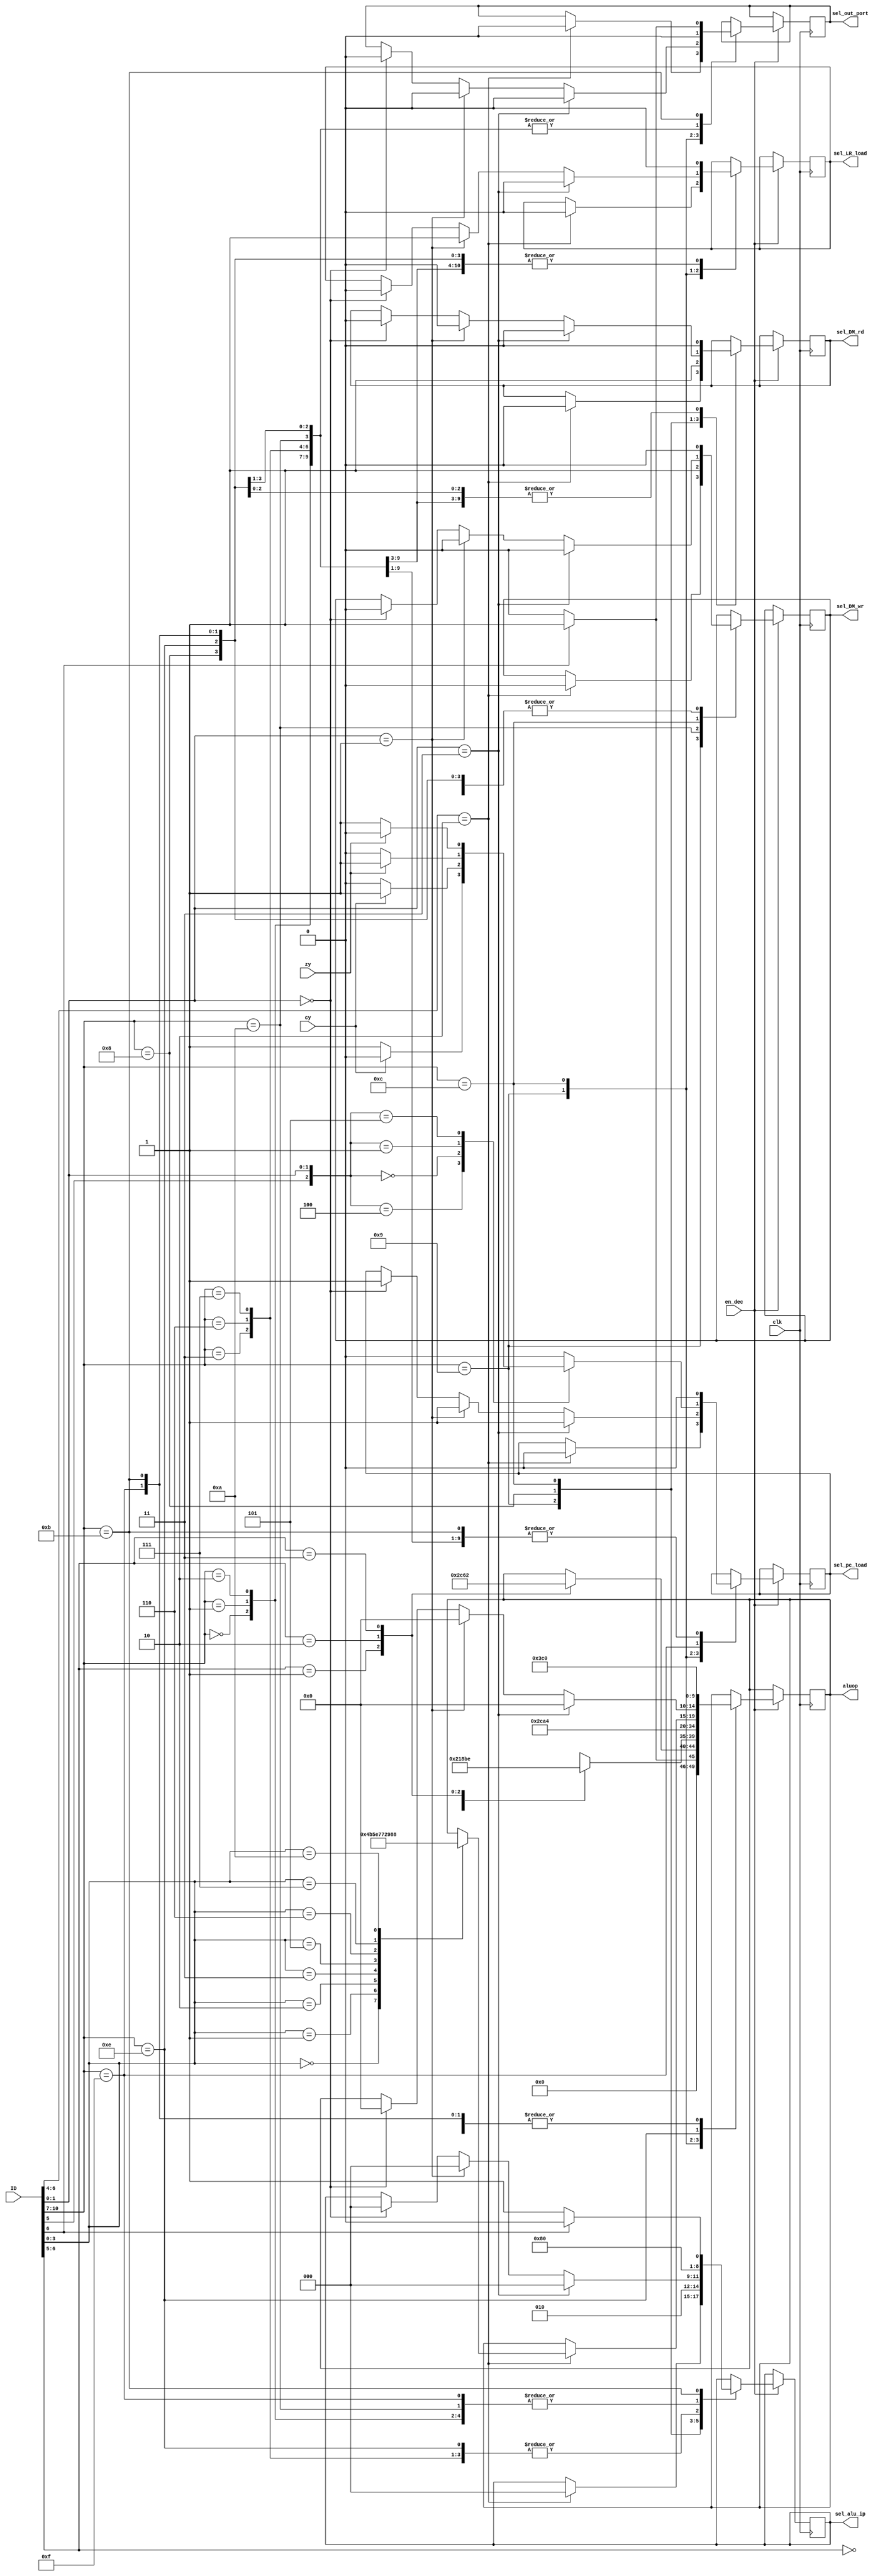
`timescale 1ns / 1ps
/*
Instruction_Decoder decodes the instruction REG and gives respective outputs according to instruction REG.
It makes path for the current instruction REG.
*/
module Instruction_Decoder(clk, ID, en_dec, aluop, sel_alu_ip, sel_DM_rd, sel_DM_wr, sel_pc_load, cy, zy, sel_LR_load, sel_out_port);
	
  input             clk;                //clock
  input      [10:0] ID;	                //16-bit Instruction REG
  input             en_dec;             //decoder enable
  input             cy;	                //carry flag
  input             zy;                 //zero flag
  output reg [4:0]  aluop;              //ALU function         
  output reg        sel_DM_rd;          //MUX select for Data_Memory read enable	
  output reg        sel_DM_wr;          //MUX select for Data_Memory write enable
  output reg        sel_pc_load;        //MUX select for PC_load enable
  output reg        sel_LR_load;        //MUX select for LR_load_en
  output reg        sel_out_port;       //MUX select for Output port enable
  output reg [2:0]  sel_alu_ip;         //MUX select for ALU inputs

/*
  initial 
  begin
   sel_alu_ip   = 3'b000;
   sel_DM_rd    = 1'b0;
   sel_DM_wr    = 1'b0;
   sel_pc_load  = 1'b0;
   sel_out_port  = 0;
  end
*/
	
  always@(posedge clk)
  begin
  
    if(en_dec)
    begin
	
      case(ID[10:7])	
	  
        //---------------------------ADD, LSL, NOP----------------------------------
        4'b0000:begin
                  if(ID[6]==1)	
                    aluop          <=  5'b00001;             //ADD, LSL
                  else
                    aluop          <=  5'b00000;             //NOP
						
                  sel_alu_ip       <=  3'b000;
                  sel_DM_wr        <=  1'b0;
                  sel_DM_rd        <=  1'b0;
                  sel_pc_load      <=  1'b0;
                  sel_LR_load      <=  1'b0;
                  sel_out_port     <=  1'b0;
                end
					
        //-------------------------ADC, SUB, CP, ROL--------------------------------
        4'b0001:begin
                  case(ID[6:5])
                    2'b01: aluop   <=  5'b01011;             //CP
                    2'b10: aluop   <=  5'b00011;             //SUB
                    2'b11: aluop   <=  5'b00010;             //ADC,ROL
                  endcase
				
                  sel_alu_ip       <=   3'b000;
                  sel_DM_wr        <=   1'b0;
                  sel_DM_rd        <=   1'b0;
                  sel_pc_load      <=   1'b0;
                  sel_LR_load      <=   1'b0;
                  sel_out_port     <=   1'b0;
                end
			
        //-------------------------AND, OR, EOR, MOV--------------------------------
        4'b0010:begin
                  case(ID[6:5])	
                    2'b00:aluop    <=  5'b00100;             //AND
                    2'b01:aluop    <=  5'b00110;             //EOR
                    2'b10:aluop    <=  5'b00101;             //OR
                    2'b11:aluop    <=  5'b11110;             //MOV						
                  endcase 
					 
                  sel_alu_ip       <=    3'b000;
                  sel_DM_wr        <=    1'b0;
                  sel_DM_rd        <=    1'b0;
                  sel_pc_load      <=    1'b0;
                  sel_LR_load      <=    1'b0;
                  sel_out_port     <=    1'b0;
                end
			
        //-------------------------------CPI----------------------------------------	
        4'b0011:begin
                  aluop            <=   5'b01011;            //CPI
                  sel_alu_ip       <=   3'b100;
                  sel_DM_wr        <=   1'b0;
                  sel_DM_rd        <=   1'b0;
                  sel_pc_load      <=   1'b0;                       
                  sel_LR_load      <=   1'b0;
                  sel_out_port     <=   1'b0;
                end
				   
        //-------------------------------OPI----------------------------------------	
        4'b0110:begin
                  aluop            <=   5'b00101;            //OPI
                  sel_alu_ip       <=   3'b100;
                  sel_DM_wr        <=   1'b0;
                  sel_DM_rd        <=   1'b0;
                  sel_pc_load      <=   1'b0;
                  sel_LR_load      <=   1'b0;
                  sel_out_port     <=   1'b0;
                end
                   
        //------------------------------ANDI----------------------------------------	
        4'b0111:begin
                  aluop            <=   5'b00100;            //ANDI
                  sel_alu_ip       <=   3'b100;
                  sel_DM_wr        <=   1'b0;
                  sel_DM_rd        <=   1'b0;                       
                  sel_LR_load      <=   1'b0;
                  sel_pc_load      <=   1'b0;
                  sel_out_port     <=   1'b0;
                end
             
        //------------------COM, NEG, SWAP, INC, ASR, LSR, ROR, DEC-----------------
        4'b1001:begin
                  if(ID[6:4]==3'b010)
                  begin
                    case(ID[3:0])
					
                     4'b0000:aluop <= 5'b01001;              //COM
                     4'b0001:aluop <= 5'b01101;              //NEG
                     4'b0010:aluop <= 5'b01111;              //SWAP
                     4'b0011:aluop <= 5'b00111;              //INC
                     4'b0101:aluop <= 5'b01110;              //ASR
                     4'b0110:aluop <= 5'b01010;              //LSR
                     4'b0111:aluop <= 5'b01100;              //ROR
                     4'b1010:aluop <= 5'b01000;              //DEC
					  
                    endcase
					   
                    sel_alu_ip     <=   3'b000;
                    sel_DM_wr      <=   1'b0;
                    sel_DM_rd      <=   1'b0; 
                    sel_pc_load    <=   1'b0;                       
                    sel_LR_load    <=   1'b0;
                    sel_out_port   <=   1'b0;			  
                  end
                end
             
        //-------------------------------STS----------------------------------------
        4'b1010:begin
                  aluop            <=   5'b00000;             //NOP
                  sel_alu_ip       <=   3'b000;
                  sel_DM_wr        <=   1'b1;
                  sel_DM_rd        <=   1'b0;
                  sel_pc_load      <=   1'b0;
                  sel_LR_load      <=   1'b0;
                  sel_out_port     <=   1'b0;                          
                end
            
        //-------------------------------LD-----------------------------------------
        4'b1000:begin
                  aluop            <=   5'b00000;            //NOP
                  sel_alu_ip       <=   3'b010;
                  sel_DM_rd        <=   1'b1;
                  sel_DM_wr        <=   1'b0;
                  sel_pc_load      <=   1'b0;
                  sel_LR_load      <=   1'b0;
                  sel_out_port     <=   1'b0;
                end
                        
        //----------------------------JMP, CALL, RET--------------------------------
        4'b1100:begin
                  if(ID[1:0]==2'b11)                         //JMP
                  begin
                    aluop          <=   5'b00000;            //NOP       
                    sel_alu_ip     <=   3'b000;
                    sel_DM_rd      <=   1'b0;
                    sel_DM_wr      <=   1'b0;
                    sel_pc_load    <=   1'b1;
					sel_LR_load    <=   1'b0;
                    sel_out_port   <=   1'b0;
                  end
					
                  else if(ID[1:0]==2'b01)                   //CALL
                  begin
                    aluop          <=    5'b00000;          //NOP
                    sel_alu_ip     <=    3'b000;
                    sel_DM_rd      <=    1'b0;
                    sel_DM_wr      <=    1'b0;
                    sel_pc_load    <=    1'b1;
					sel_LR_load    <=    1'b1;
                    sel_out_port   <=    1'b0;
                  end
				  
                  else if(ID[1:0]==2'b00)                   //RET
                  begin
                    aluop          <=    5'b00000;          //NOP
                    sel_alu_ip     <=    3'b000;
                    sel_DM_rd      <=    1'b0;
                    sel_DM_wr      <=    1'b0;
                    sel_pc_load    <=    1'b1;
					sel_LR_load    <=    1'b0;
                    sel_out_port   <=    1'b0;
                  end
					 
                end
                             
        //--------------------------------LDI---------------------------------------
        4'b1110:begin
                  aluop            <=   5'b11110;          //BUFFER RA
                  sel_alu_ip       <=   3'b100;
                  sel_DM_wr        <=   1'b0;
                  sel_DM_rd        <=   1'b0;
                  sel_pc_load      <=   1'b0;                       
                  sel_LR_load      <=   1'b0;
				  sel_out_port     <=   1'b0;
                end
                       	
        //-------------------------BRCC, BRCS, BREQ, BRNE---------------------------
        4'b1111:begin
                  
                 case({ID[5],ID[1:0]})
                      
                  3'b100:
                  begin                                    //BRCC
                    if(cy==0)                                          
                      sel_pc_load  <= 1'b1;      
                    else
                      sel_pc_load  <= 1'b0;    
                  end
							 
                  3'b000:
                  begin                                    //BRCS
                    if(cy==1)                    
                      sel_pc_load  <= 1'b1;    
                    else 
                      sel_pc_load  <= 1'b0;     
                  end
                      
                  3'b001:
                  begin                                    //BREQ
                    if(zy==1)                   
                      sel_pc_load  <= 1'b1;      
                    else
                      sel_pc_load  <= 1'b0;
                  end
							  
                  3'b101:
                  begin                                    //BRNE      
                    if(zy==0)                  
                      sel_pc_load  <= 1'b1;       
                    else 
                      sel_pc_load  <= 1'b0;
                  end
							  
                  default:
                    begin
                      sel_pc_load  <= 1'b0;
                    end
						 
                 endcase
				  
                  aluop            <=   5'b00000;
                  sel_alu_ip       <=   3'b000;
                  sel_DM_wr        <=   1'b0;
                  sel_DM_rd        <=   1'b0;
                  sel_LR_load      <=   1'b0;
                  sel_out_port     <=   1'b0;
                end 
		
        //-----------------------------IN, OUT--------------------------------------
        4'b1011:begin
                  if(ID[6])                                //OUT
                  begin
                    aluop          <=   5'b00000;          //NOP
                    sel_alu_ip     <=   3'b000;
                    sel_DM_wr      <=   1'b0;
                    sel_DM_rd      <=   1'b0;
                    sel_pc_load    <=   1'b0;
                    sel_LR_load    <=   1'b0;
                    sel_out_port   <=   1'b1;
                    
                  end

                  else                                     //IN
                  begin
                    aluop          <=   5'b00000;          //NOP
                    sel_alu_ip     <=   3'b001;
                    sel_DM_wr      <=   1'b0;
                    sel_DM_rd      <=   1'b0;
                    sel_pc_load    <=   1'b0;
                    sel_LR_load    <=   1'b0;
                    sel_out_port   <=   1'b0;
                  end
                end		  
          
         endcase
    end
	
  end
			
endmodule